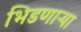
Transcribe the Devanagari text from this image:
भिडणाऱ्या